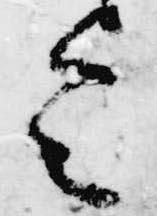
令